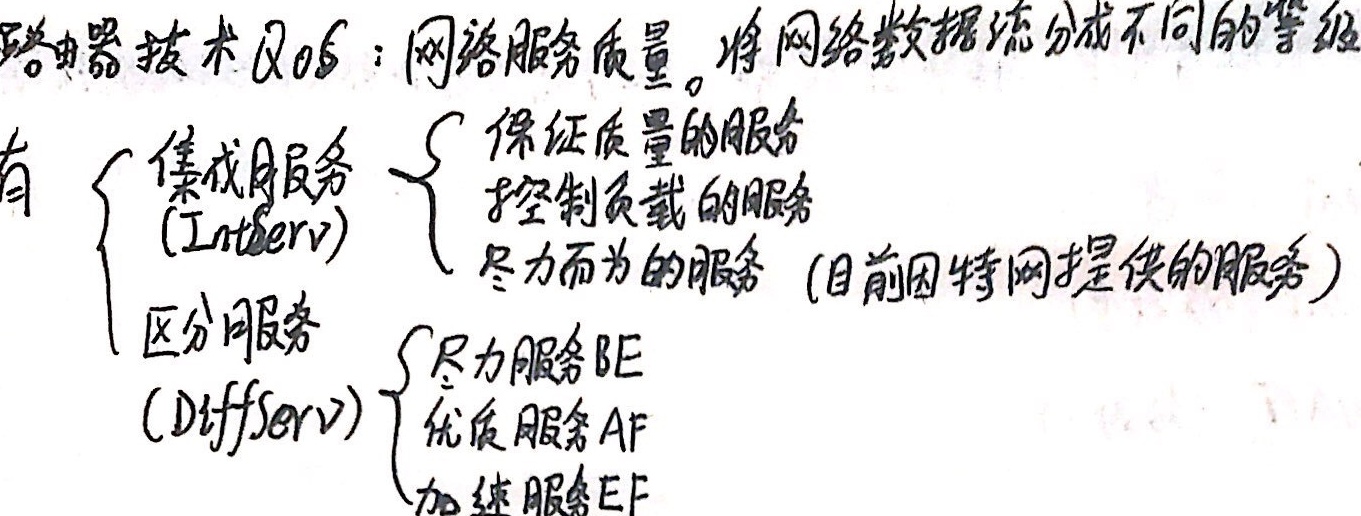
路由器技术及QoS：网络服务质量。将网络数据流分成不同的等级有
\[
\begin{cases}
\text{集成服务(IntServ)}
\begin{cases}
\text{保证质量的服务}\\
\text{控制负载的服务}\\
\text{尽力而为的服务（目前因特网提供的服务）}
\end{cases}\\
\text{区分服务(DiffServ)}
\begin{cases}
\text{尽力服务BE}\\
\text{优质服务AF}\\
\text{加速服务EF}
\end{cases}
\end{cases}
\]